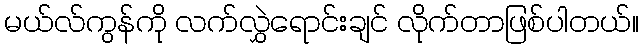
မယ်လ်ကွန်ကို လက်လွှဲရောင်းချင် လိုက်တာဖြစ်ပါတယ်။